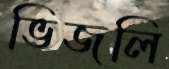
ভিজলি